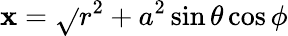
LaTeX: \mathbf{x}={\sqrt{}{{r^{2}+a^{2}}}}\sin\theta\cos\phi